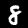
Label: 8